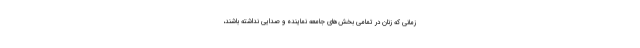
زمانی که زنان در تمامی بخش‌های جامعه نماینده و صدایی نداشته باشند،